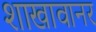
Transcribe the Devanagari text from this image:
शाखावानर